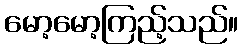
မော့မော့ကြည့်သည်။